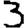
Digit: 3